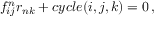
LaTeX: f _ { i j } ^ { n } r _ { n k } + c y c l e ( i , j , k ) = 0 \, ,